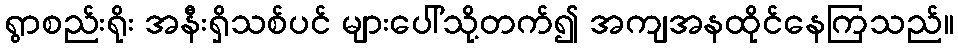
ရွာစည်းရိုး အနီးရှိသစ်ပင် များပေါ်သို့တက်၍ အကျအနထိုင်နေကြသည်။